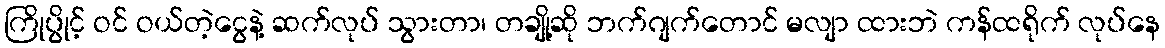
ကြိုပွိုင့် ဝင် ဝယ်တဲ့ငွေနဲ့ ဆက်လုပ် သွားတာ၊ တချို့ဆို ဘက်ဂျက်တောင် မလျာ ထားဘဲ ကန်ထရိုက် လုပ်နေ